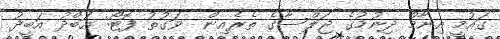
ގައުމީ އިނާމް ދިނުމުގެ ޖަލްސާގެ ތެރެއިން  ވަގުތު ފޮޓޯ: އަބްދު އަބީދު